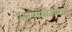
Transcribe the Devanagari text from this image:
अनुपस्थीतांमध्ये